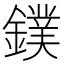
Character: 鏷